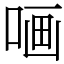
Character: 𠵾